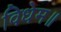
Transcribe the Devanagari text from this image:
विधेम॥